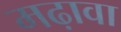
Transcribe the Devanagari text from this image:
मढ़ावा